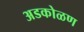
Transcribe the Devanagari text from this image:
अडकोळण